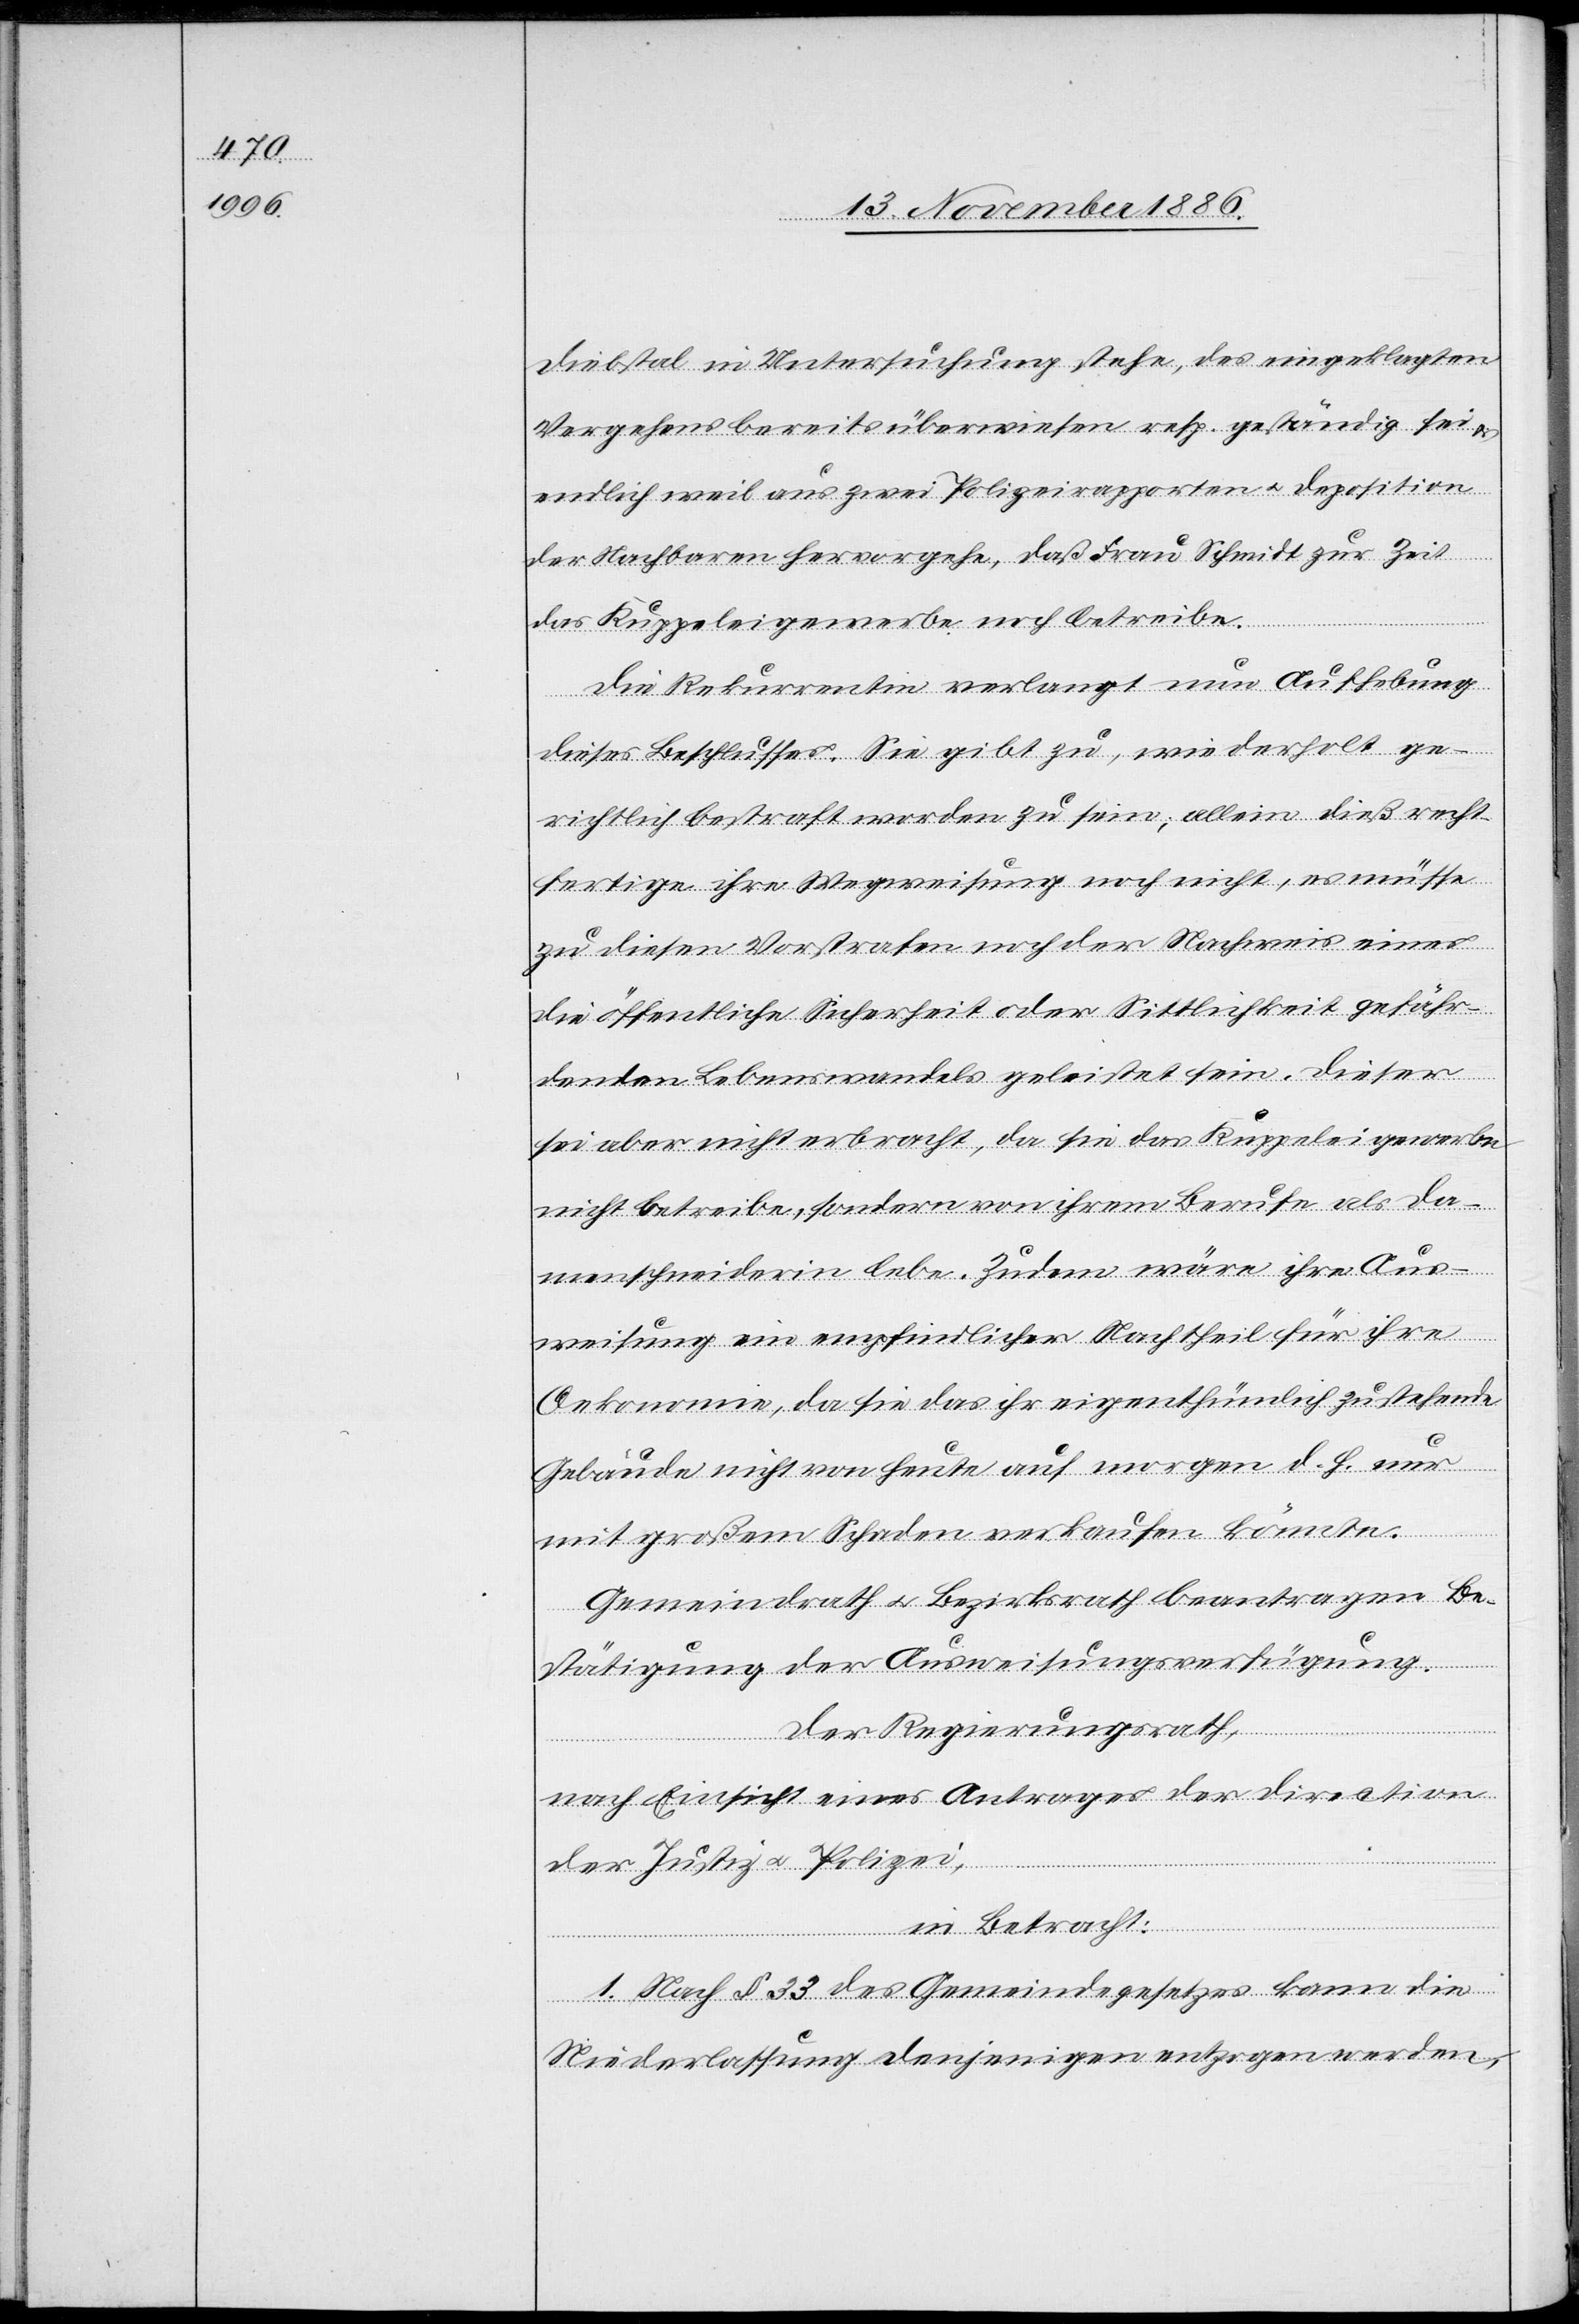
Diebstal in Untersuchung stehe, des eingeklagten
Vergehens bereits überwiesen resp. geständig sei
endlich weil aus zwei Polizeirapporten & Deposition
der Nachbaren hervorgehe, daß Frau Schmidt zur Zeit
das Kuppeleigewerbe noch betreibe.
Die Rekurrentin verlangt nun Aufhebung
dieses Beschlusses. Sie gibt zu, wiederholt ge¬
richtlich bestraft worden zu sein; allein dieß recht¬
fertige ihre Wegweisung noch nicht, es müsse
zu diesen Vorstrafen noch der Nachweis eines
die öffentliche Sicherheit oder Sittlichkeit gefähr¬
denden Lebenswandels geleistet sein. Dieser
sei aber nicht erbracht, da sie das Kuppeleigewerbe
nicht betreibe, sondern von ihrem Berufe als Da¬
menschneiderin lebe. zudem wäre ihre Aus¬
weisung ein empfindlicher Nachtheil für ihre
Oekonomie, da sie das ihr eigenthümlich zustehende
Gebäude nicht von heute auf morgen d. h. nur
mit großem Schaden verkaufen könnte.
Gemeindrath & Bezirksrath beantragen Be¬
stätigung der Ausweisungsverfügung.
Der Regierungsrath,
nach Einsicht eines Antrages der Direction
der Justiz & Polizei,
in Betracht:
1. Nach § 33 des Gemeindegesetzes kann die
Niederlassung denjenigen entzogen werden,